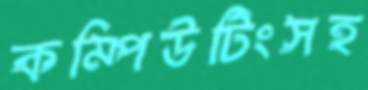
কম্পিউটিংসহ